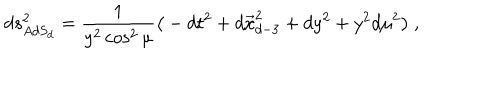
LaTeX: d s _ { A d S _ { d } } ^ { 2 } = { \frac { 1 } { y ^ { 2 } \cos ^ { 2 } \mu } } \big ( - d t ^ { 2 } + d \vec { x } _ { d - 3 } ^ { 2 } + d y ^ { 2 } + y ^ { 2 } d \mu ^ { 2 } \big ) \ ,